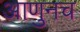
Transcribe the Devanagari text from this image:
आणुनच